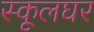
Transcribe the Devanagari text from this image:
स्कूलघर